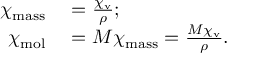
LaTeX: \begin{array} { r l } { \chi _ { \mathrm { m a s s } } } & { { } = { \frac { \chi _ { \mathrm { v } } } { \rho } } ; } \\ { \chi _ { \mathrm { m o l } } } & { { } = M \chi _ { \mathrm { m a s s } } = { \frac { M \chi _ { \mathrm { v } } } { \rho } } . } \end{array}